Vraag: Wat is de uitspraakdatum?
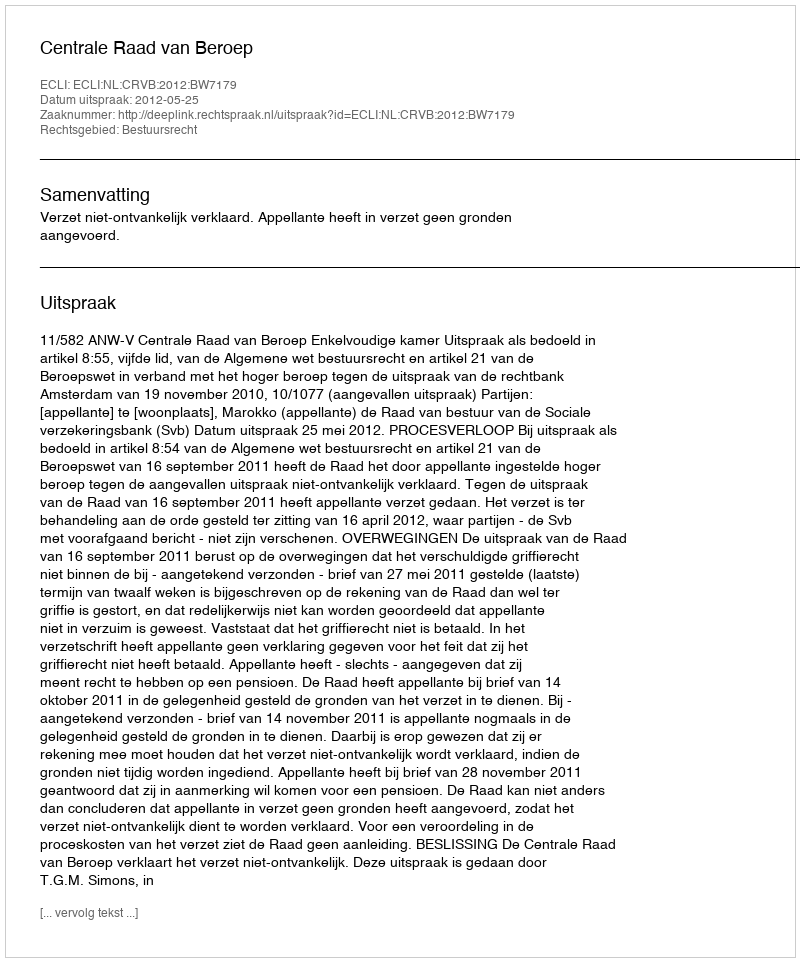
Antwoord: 2012-05-25